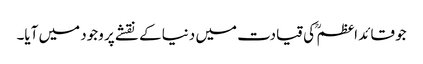
جو قائد اعظم ؒ کی قیادت میں دنیا کے نقشے پر وجود میں آیا۔